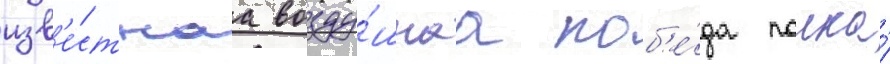
изв'е́стнаа возду́шнаа поб'е́да полка́